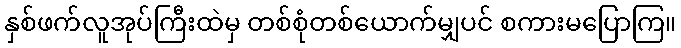
နှစ်ဖက်လူအုပ်ကြီးထဲမှ တစ်စုံတစ်ယောက်မျှပင် စကားမပြောကြ။